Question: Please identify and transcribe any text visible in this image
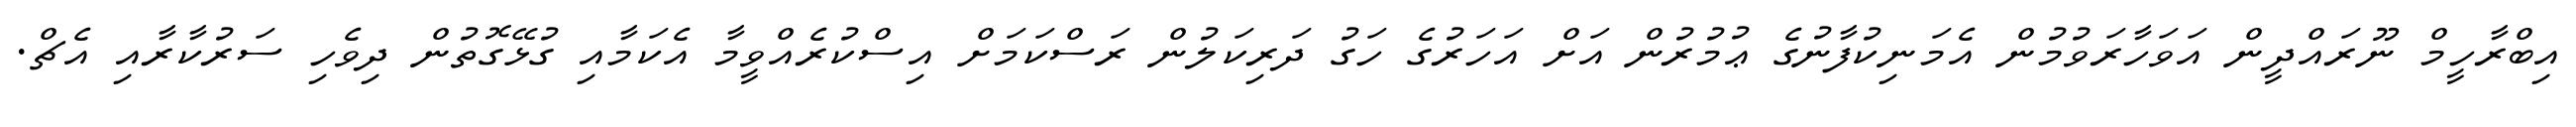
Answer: އިބްރާހީމް ނޫރައްދީން އަވަހާރަވުމުން އެމަނިކުފާނުގެ ޢުމުރުން އަށް އަހަރުގެ ހަގު ދަރިކަލުން ރަސްކަމަށް އިސްކުރެއްވީމާ އެކަމާއި ގުޅޭގޮތުން ދިވެހި ސަރުކާރާއި އެޗް.